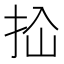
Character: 𰓓